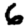
Digit: 6